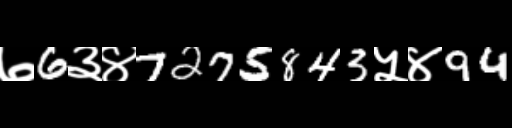
Text: ७6३४7275843५४94